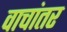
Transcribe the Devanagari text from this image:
वाचांतर